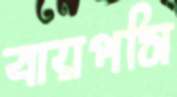
বায়পসি